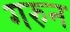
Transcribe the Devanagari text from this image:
गरुन